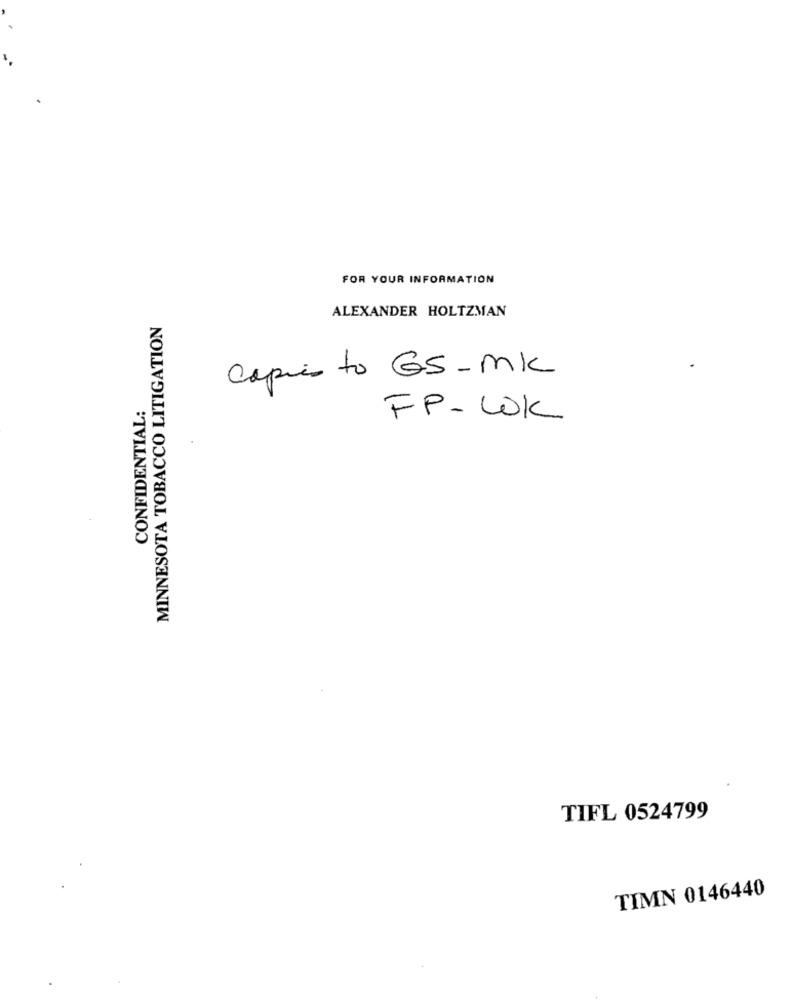
FOR YOUR INFORMATION
ALEXANDER HOLTZMAN
MINNESOTA TOBACCO LITIGATION
Capi to GS-MK
CONFIDENTIAL:
FP-WOK
TIFL 0524799
TIMN 0146440